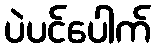
ပဲပင်ပေါက်